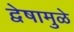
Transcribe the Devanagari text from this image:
द्वेषामुळे